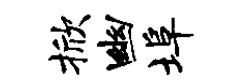
掀幽埠